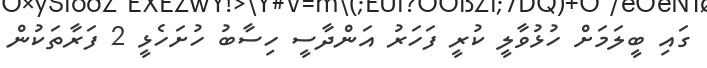
ގައި ބީލަމަށް ހުޅުވާލީ ކުރީ ފަހަރު އަންދާސީ ހިސާބު ހުށަހެޅީ 2 ފަރާތަކުން